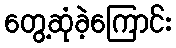
တွေ့ဆုံခဲ့ကြောင်း